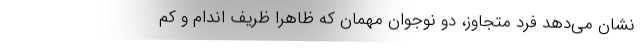
نشان می‌دهد فرد متجاوز، دو نوجوان مهمان که ظاهرا ظریف اندام و کم